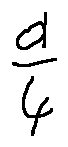
\frac { a } { 4 }